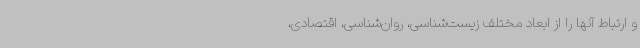
و ارتباط آنها را از ابعاد مختلف زیست‌شناسی، روان‌شناسی، اقتصادی،